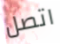
اتصل